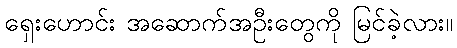
ရှေးဟောင်း အဆောက်အဦးတွေကို မြင်ခဲ့လား။